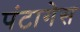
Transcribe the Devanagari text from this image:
पंटागेस